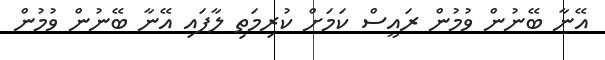
އޭނާ ބޭނުން ވުމުން ރައީސް ކަމަށް ކުރިމަތި ލާފައި އޭނާ ބޭނުން ވުމުން